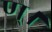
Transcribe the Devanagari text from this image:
ण्।